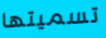
تسميتها